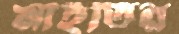
মাইতির